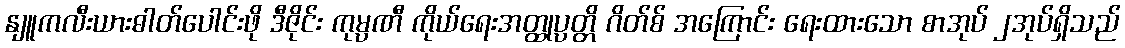
နျူကလီးယားဓါတ်ပေါင်းဖို ဒီဇိုင်း ကုမ္ပဏီ ကိုယ်ရေးအတ္ထုပ္ပတ္တိ ဂိတ်စ် အကြောင်း ရေးထားသော စာအုပ် ၂အုပ်ရှိသည်